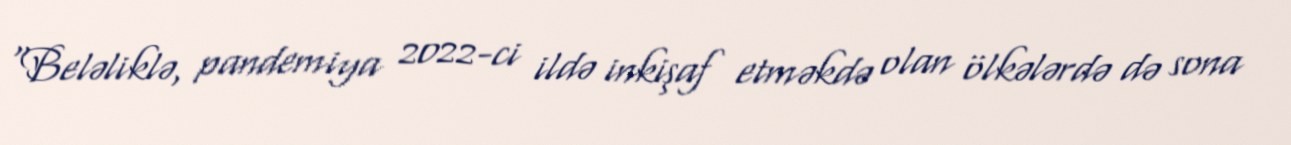
"Beləliklə, pandemiya 2022-ci ildə inkişaf etməkdə olan ölkələrdə də sona